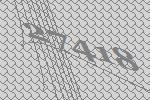
27418